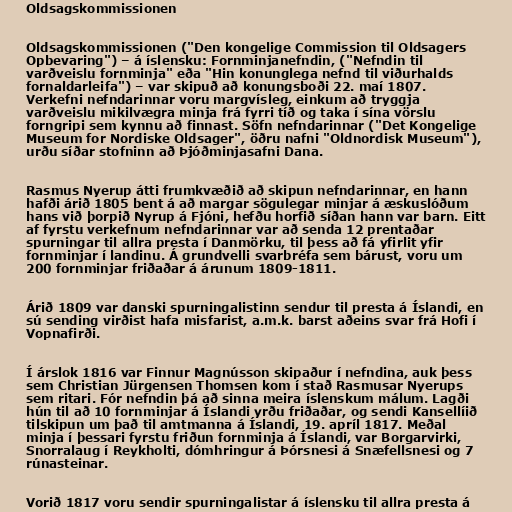
Oldsagskommissionen

Oldsagskommissionen ("Den kongelige Commission til Oldsagers
Opbevaring") – á íslensku: Fornminjanefndin, ("Nefndin til
varðveislu fornminja" eða "Hin konunglega nefnd til viðurhalds
fornaldarleifa") – var skipuð að konungsboði 22. maí 1807.
Verkefni nefndarinnar voru margvísleg, einkum að tryggja
varðveislu mikilvægra minja frá fyrri tíð og taka í sína vörslu
forngripi sem kynnu að finnast. Söfn nefndarinnar ("Det Kongelige
Museum for Nordiske Oldsager", öðru nafni "Oldnordisk Museum"),
urðu síðar stofninn að Þjóðminjasafni Dana.

Rasmus Nyerup átti frumkvæðið að skipun nefndarinnar, en hann
hafði árið 1805 bent á að margar sögulegar minjar á æskuslóðum
hans við þorpið Nyrup á Fjóni, hefðu horfið síðan hann var barn. Eitt
af fyrstu verkefnum nefndarinnar var að senda 12 prentaðar
spurningar til allra presta í Danmörku, til þess að fá yfirlit yfir
fornminjar í landinu. Á grundvelli svarbréfa sem bárust, voru um
200 fornminjar friðaðar á árunum 1809-1811.

Árið 1809 var danski spurningalistinn sendur til presta á Íslandi, en
sú sending virðist hafa misfarist, a.m.k. barst aðeins svar frá Hofi í
Vopnafirði.

Í árslok 1816 var Finnur Magnússon skipaður í nefndina, auk þess
sem Christian Jürgensen Thomsen kom í stað Rasmusar Nyerups
sem ritari. Fór nefndin þá að sinna meira íslenskum málum. Lagði
hún til að 10 fornminjar á Íslandi yrðu friðaðar, og sendi Kansellíið
tilskipun um það til amtmanna á Íslandi, 19. apríl 1817. Meðal
minja í þessari fyrstu friðun fornminja á Íslandi, var Borgarvirki,
Snorralaug í Reykholti, dómhringur á Þórsnesi á Snæfellsnesi og 7
rúnasteinar.

Vorið 1817 voru sendir spurningalistar á íslensku til allra presta á